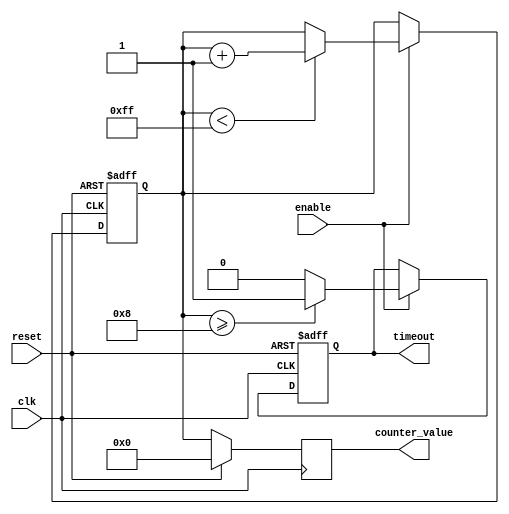
module MemoryBlocksTimeoutCounter #(
    parameter N = 8,                // Number of bits for the counter
    parameter TIMEOUT_THRESHOLD = 8 // Time-out threshold value
)(
    input wire clk,                 // Clock signal
    input wire reset,               // Asynchronous reset
    input wire enable,              // Enable signal
    output reg timeout,             // Time-out signal
    output reg [N-1:0] counter_value // Current counter value (for debugging)
);

    // Internal counter register
    reg [N-1:0] counter;

    // Asynchronous reset and counter logic
    always @(posedge clk or posedge reset) begin
        if (reset) begin
            counter <= 0;            // Reset counter to zero
            timeout <= 0;            // Deassert timeout signal
        end else if (enable) begin
            // Increment counter if enabled
            if (counter < (1 << N) - 1) begin
                counter <= counter + 1;
            end
            // Check for timeout condition
            if (counter >= TIMEOUT_THRESHOLD) begin
                timeout <= 1;          // Assert timeout signal
            end else begin
                timeout <= 0;          // Deassert timeout signal
            end
        end
    end

    // Assign current counter value for debugging
    always @(posedge clk) begin
        if (!reset) begin
            counter_value <= counter; // Update counter value
        end else begin
            counter_value <= 0;        // Reset counter value
        end
    end

endmodule